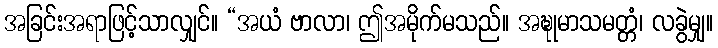
အခြင်းအရာဖြင့်သာလျှင်။ “အယံ ဗာလာ၊ ဤအမိုက်မသည်။ အဍ္ဎုမာသမတ္တံ၊ လခွဲမျှ။